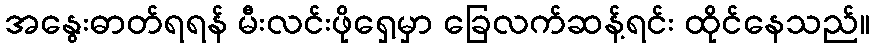
အနွေးဓာတ်ရရန် မီးလင်းဖိုရှေ့မှာ ခြေလက်ဆန့်ရင်း ထိုင်နေသည်။